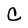
Character: C